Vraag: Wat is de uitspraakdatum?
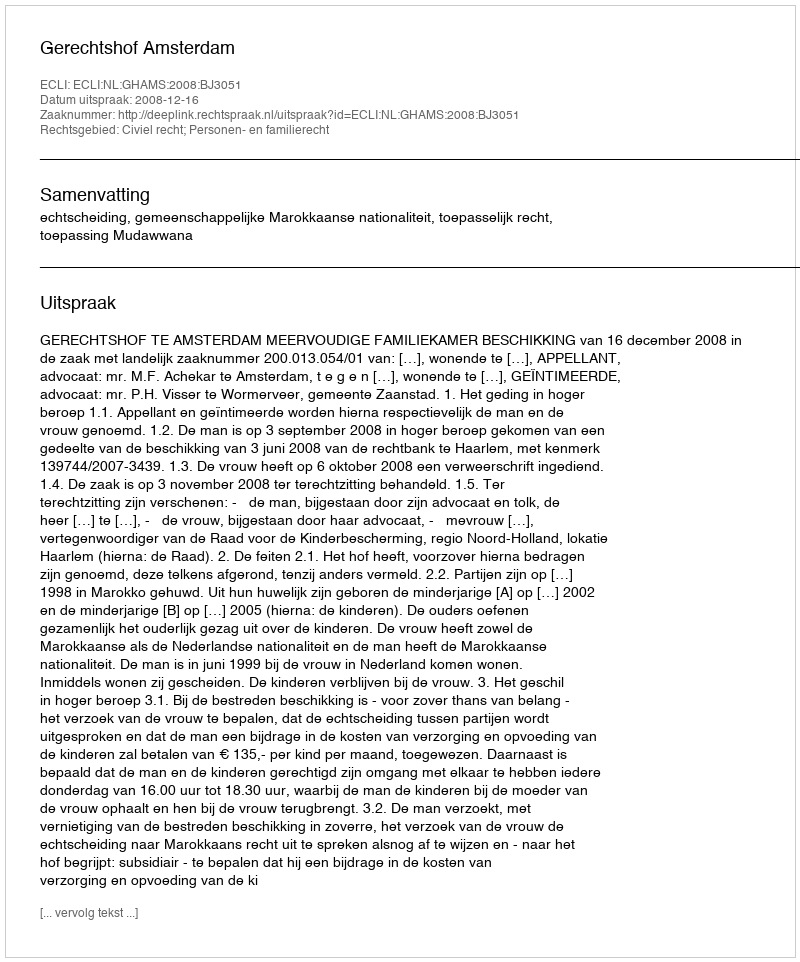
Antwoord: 2008-12-16